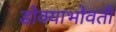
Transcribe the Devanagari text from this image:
डोक्याभोवती